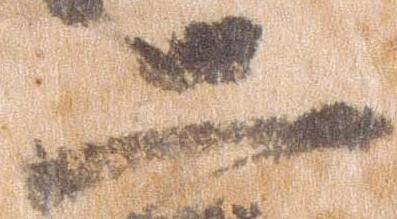
二